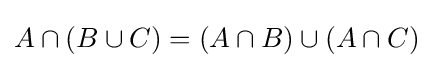
A\cap (B\cup C)=(A\cap B)\cup (A\cap C)